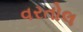
વરતોલ